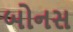
બોનસ